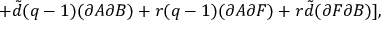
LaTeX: + { \tilde { d } } ( q - 1 ) ( \partial A \partial B ) + r ( q - 1 ) ( \partial A \partial F ) + r { \tilde { d } } ( \partial F \partial B ) ] ,